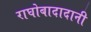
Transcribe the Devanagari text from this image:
राघोबादादानी